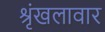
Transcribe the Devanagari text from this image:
श्रृंखलावार